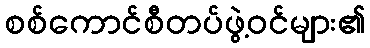
စစ်ကောင်စီတပ်ဖွဲ့ဝင်များ၏